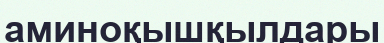
аминоқышқылдары